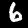
Label: 6